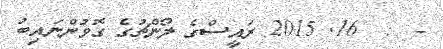
-  :  16